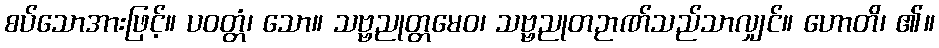
စပ်သောအားဖြင့်။ ပဝတ္တံ၊ သော။ သဗ္ဗညုတ္တမေဝ၊ သဗ္ဗညုတဉာဏ်သည်သာလျှင်။ ဟောတိ၊ ၏။